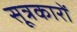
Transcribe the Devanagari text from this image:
सूत्रकारों